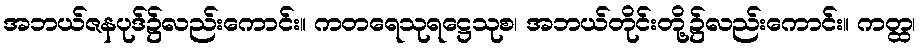
အဘယ်ဇနပုဒ်၌လည်းကောင်း။ ကတရေသုရဋ္ဌေသုစ၊ အဘယ်တိုင်းတို့၌လည်းကောင်း။ ကတ္ထ၊